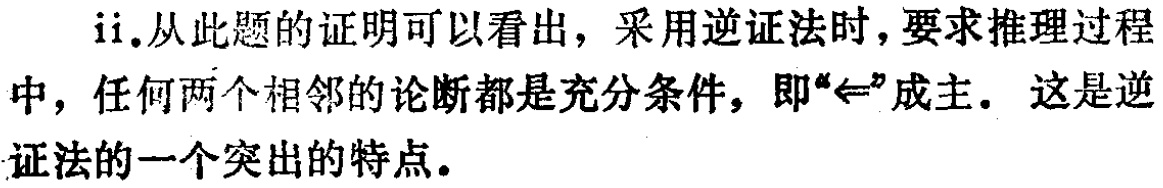
ii.从此题的证明可以看出，采用逆证法时，要求推理过程中，任何两个相邻的论断都是充分条件，即“$\Leftarrow$”成立。这是逆证法的一个突出的特点。